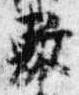
敷